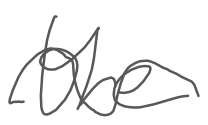
Text: the
Cross-out: wave
Writing tool: digital_gray